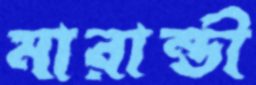
মারান্ডী